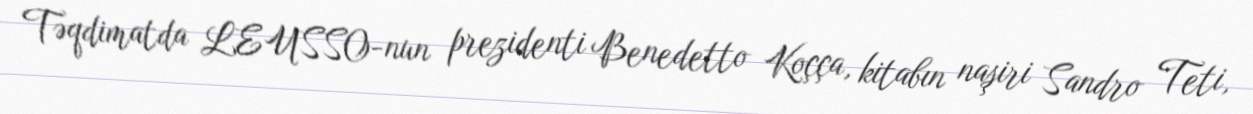
Təqdimatda LEUSSO-nun prezidenti Benedetto Koçça, kitabın naşiri Sandro Teti,